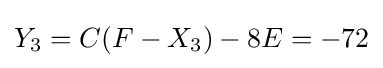
Y_{3}=C(F-X_{3})-8E=-72